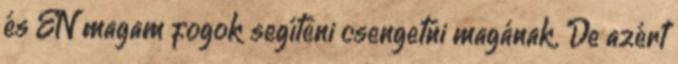
és ÉN magam fogok segíteni csengetni magának. De azért